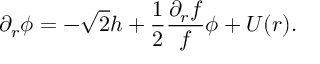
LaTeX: \partial _ { r } \phi = - \sqrt 2 h + { \frac { 1 } { 2 } } { \frac { \partial _ { r } f } { f } } \phi + U ( r ) .